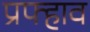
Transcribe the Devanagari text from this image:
प्रफ्हाव